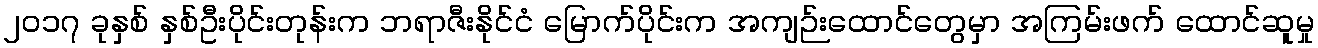
၂၀၁၇ ခုနှစ် နှစ်ဦးပိုင်းတုန်းက ဘရာဇီးနိုင်ငံ မြောက်ပိုင်းက အကျဉ်းထောင်တွေမှာ အကြမ်းဖက် ထောင်ဆူမှု